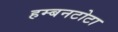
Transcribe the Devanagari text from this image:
हम्बनटोटा